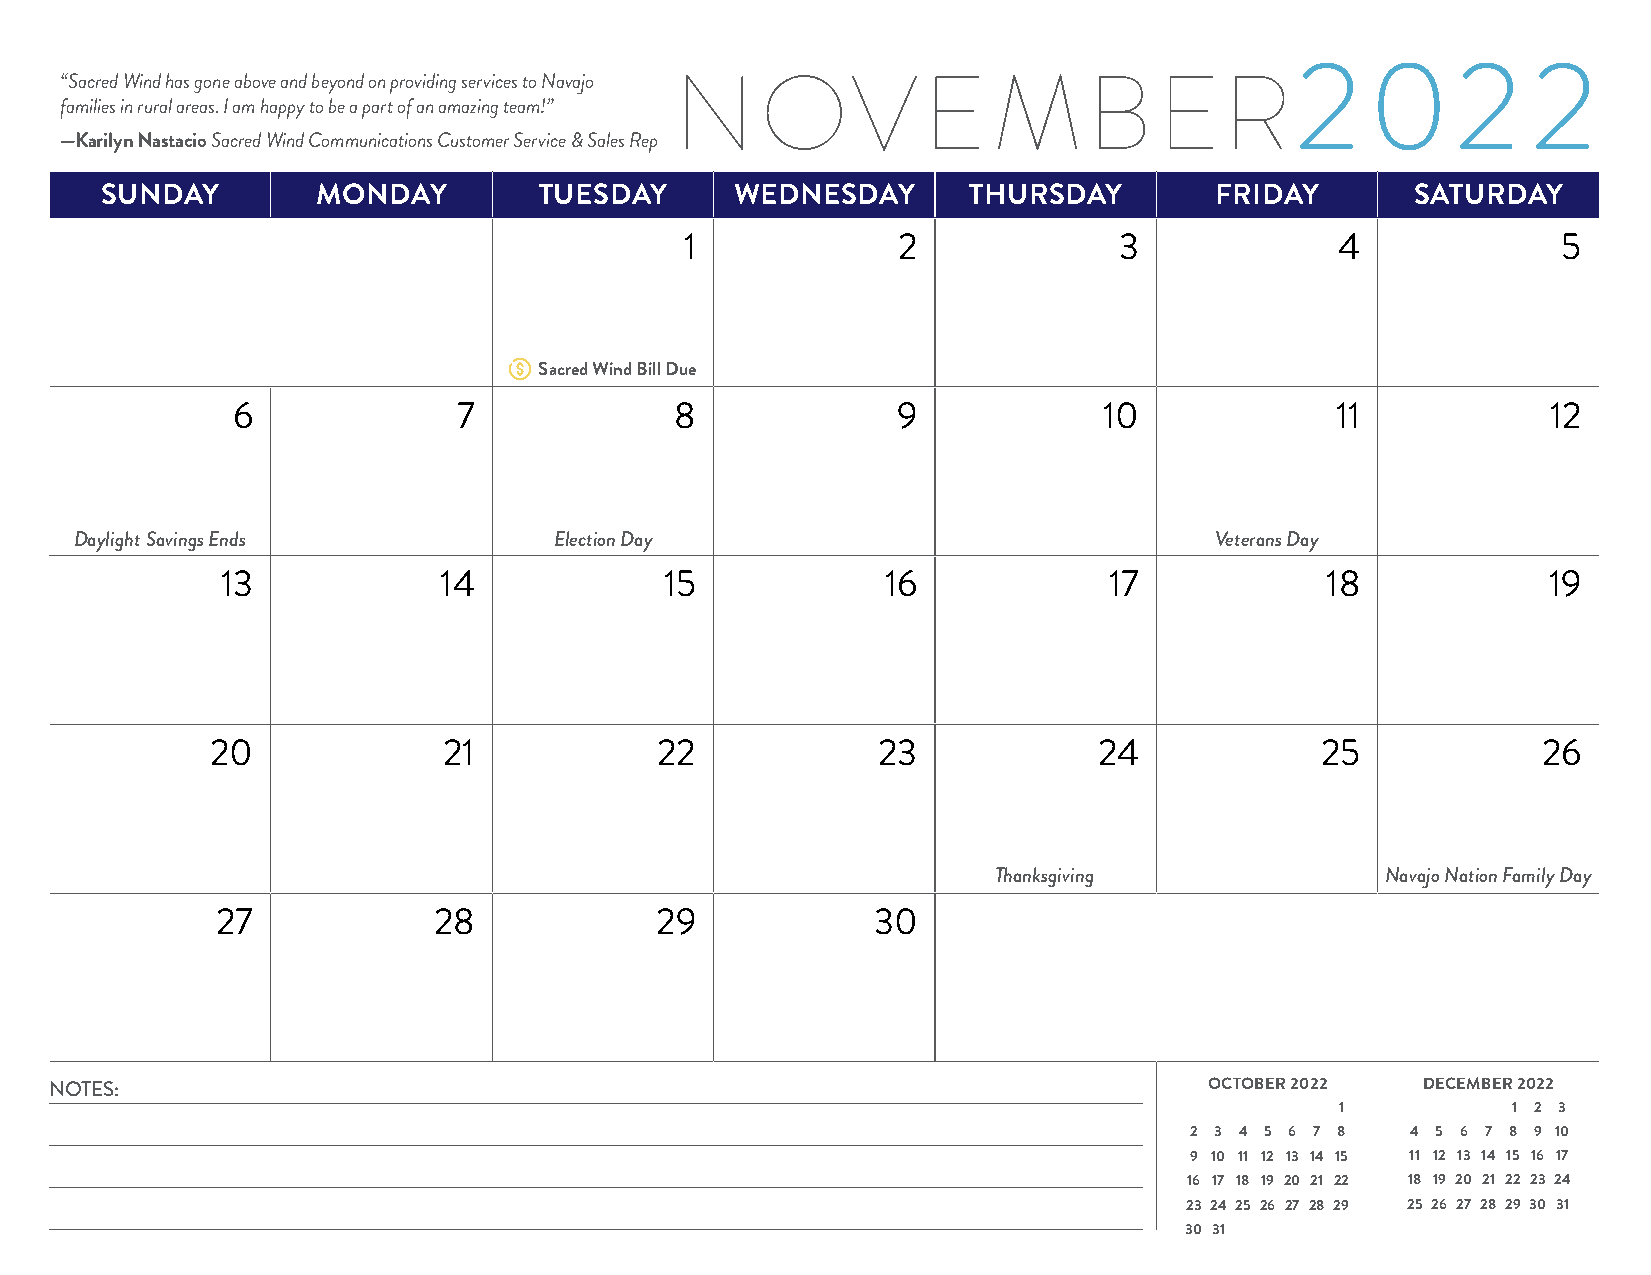
2    02        2
 “Sacred Wind has gone above and beyond on providing services to Navajo NOVEMBER
 families in rural areas. I am happy to be a part of an amazing team!”
 —Karilyn Nastacio Sacred Wind Communications Customer Service & Sales Rep
 SUNDAY        MONDAY         TUESDAY      WEDNESDAY      THURSDAY        FRIDAY        SATURDAY
 1             2              3              4             5
 Sacred Wind Bill Due
 6              7              8             9             10             11             12
 Daylight Savings Ends           Election Day                               Veterans Day
 13            14             15             16            17             18            19
 20             21            22             23             24            25             26
 Thanksgiving              Navajo Nation Family Day
 27             28            29             30
 NOTES:                                                                       OCTOBER 2022  DECEMBER 2022
 1          1 2 3
 2 3 4 5 6 7 8 4 5 6 7 8 9 10
 9 10 11 12 13 14 15 11 12 13 14 15 16 17
 16 17 18 19 20 21 22 18 19 20 21 22 23 24
 23 24 25 26 27 28 29 25 26 27 28 29 30 31
 30 31